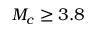
M _ { c } \ge 3 . 8